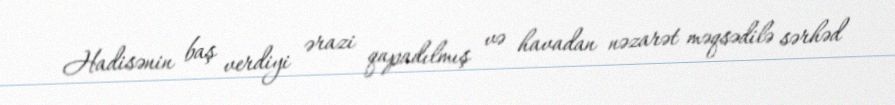
Hadisənin baş verdiyi ərazi qapadılmış və havadan nəzarət məqsədilə sərhəd